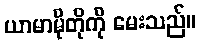
ယာမာမိုတိုကို မေးသည်။